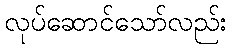
လုပ်ဆောင်သော်လည်း